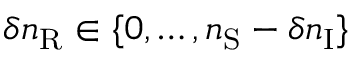
\delta n _ { \mathrm { R } } \in \{ 0 , \dots , n _ { \mathrm { S } } - \delta n _ { \mathrm { I } } \}